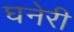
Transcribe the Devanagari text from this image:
घनेरी